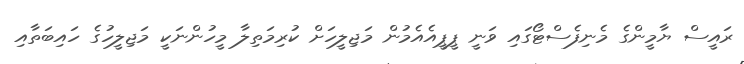
ރައީސް ޔާމީންގެ މެނިފެސްޓޯގައި ވަނީ ޕީޕީއެއެމުން މަޖިލީހަށް ކުރިމަތިލާ މީހުންނަކީ މަޖިލީހުގެ ހައިބަތާއި